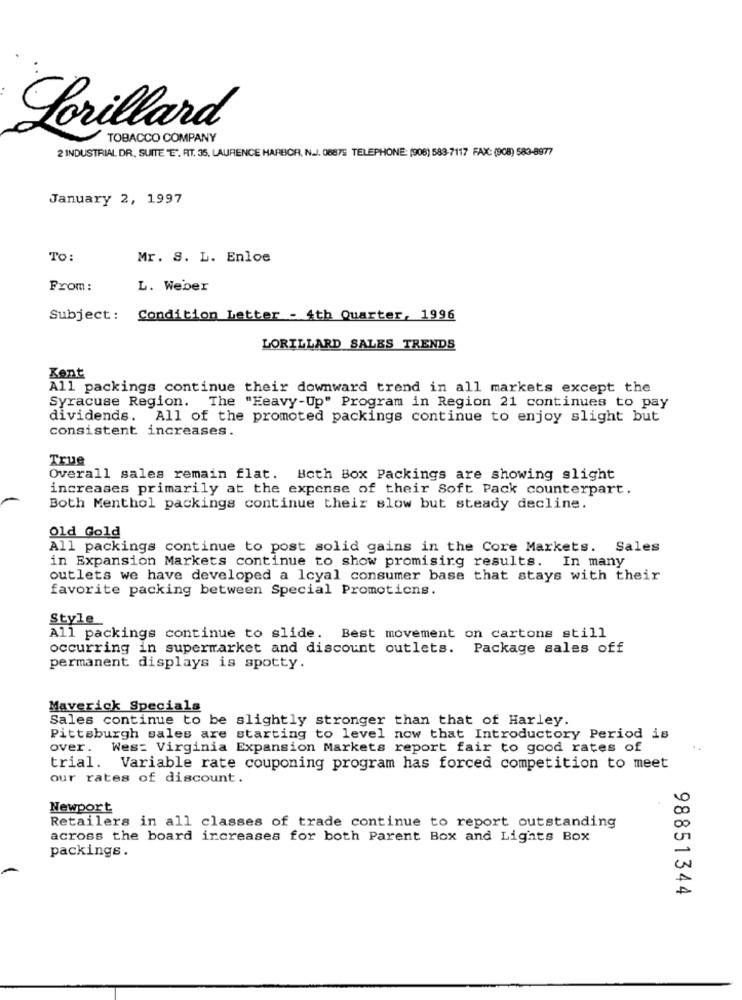
Lorillard
TOBACCO COMPANY
2 INDUSTRIAL DR. SUITE "E", AT. 35, LAURENCE HARBOR, N.J. 08875 TELEPHONE: (908) 583-7117 FAX: (908) 583-8977
January 2, 1997
To:
Mr. S. L. Enloe
From:
L. Weber
Subject :
Condition Letter - 4th Quarter, 1996
LORILLARD SALES TRENDS
Kent
All packings continue their downward trend in all markets except the
Syracuse Region. The "Heavy-Up" Program in Region 21 continues to pay
dividends. All of the promoted packings continue to enjoy slight but
consistent increases.
True
Overall sales remain flat. Both Box Packings are showing slight
increases primarily at the expense of their Soft Pack counterpart.
Both Menthol packings continue their slow but steady decline.
Old Gold
All packings continue to post solid gains in the Core Markets. Sales
in Expansion Markets continue to show promisirg results. In many
outlets we have developed a Icyal consumer base that stays with their
favorite packing between Special Promotions.
Style
All packings continue to slide. Best movement on cartons still
occurring in supermarket and discount outlets. Package sales off
permanent displays is spotty.
Maverick Specials
Sales continue to be slightly stronger than that of Harley.
Pittsburgh sales are starting to level now that Introductory Period is
over.
Wes: Virginia Expansion Markets report fair to good rates of
trial. Variable rate couponing program has forced competition to meet
our rates of discount.
Newport
Retailers in all classes of trade continue to report outstanding
across the board increases for both Parent Box and Lights Box
packings.
98851344